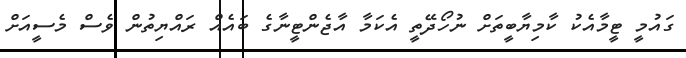
ގައުމީ ޓީމާއެކު ކާމިޔާބީތަށް ނުހޯދޭތީ އެކަމާ އާޖެންޓީނާގެ ބައެއް ރައްޔިތުން ވެސް މެސީއަށް